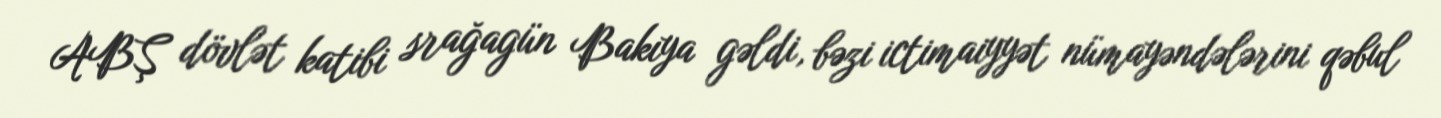
ABŞ dövlət katibi srağagün Bakıya gəldi, bəzi ictimaiyyət nümayəndələrini qəbul